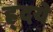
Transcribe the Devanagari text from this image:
ह्र्दये